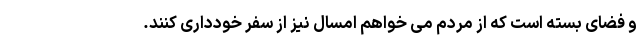
و فضای بسته است که از مردم می خواهم امسال نیز از سفر خودداری کنند.